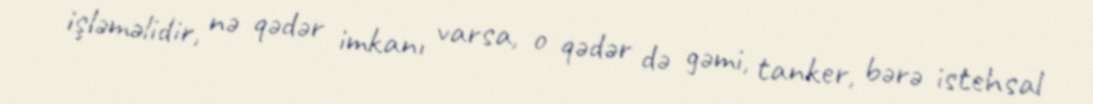
işləməlidir, nə qədər imkanı varsa, o qədər də gəmi, tanker, bərə istehsal